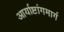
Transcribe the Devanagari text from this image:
आर्याष्टांगमार्ग